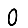
Digit: 0